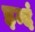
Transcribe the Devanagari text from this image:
इन्दं